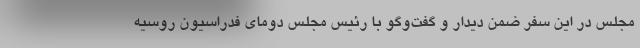
مجلس در این سفر ضمن دیدار و گفت‌وگو با رئیس مجلس دومای فدراسیون روسیه